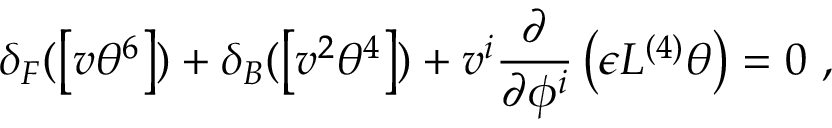
\delta _ { F } ( \left[ v \theta ^ { 6 } \right] ) + \delta _ { B } ( \left[ v ^ { 2 } \theta ^ { 4 } \right] ) + v ^ { i } \frac { \partial } { \partial \phi ^ { i } } \left( \epsilon L ^ { ( 4 ) } \theta \right) = 0 ~ ,